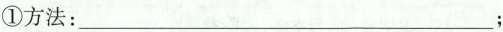
①方法：___；